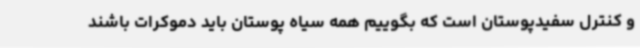
و کنترل سفیدپوستان است که بگوییم همه سیاه پوستان باید دموکرات باشند